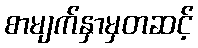
စာမျက်နှာမှတဆင့်